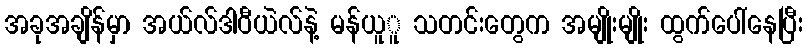
အခုအချိန်မှာ အယ်လ်ဒါဝီယဲလ်နဲ့ မန်ယူူ သတင်းတွေက အမျိုးမျိုး ထွက်ပေါ်နေပြီး